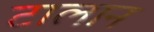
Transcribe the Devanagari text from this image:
टालान